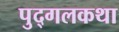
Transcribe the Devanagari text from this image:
पुद्गलकथा